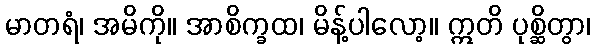
မာတရံ၊ အမိကို။ အာစိက္ခထ၊ မိန့်ပါလော့။ ဣတိ ပုစ္ဆိတွာ၊